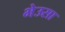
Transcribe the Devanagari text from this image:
भेउसा